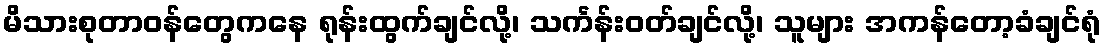
မိသားစုတာဝန်တွေကနေ ရုန်းထွက်ချင်လို့၊ သင်္ကန်းဝတ်ချင်လို့၊ သူများ အကန်တော့ခံချင်ရုံ